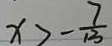
x > - \frac { 7 } { 1 3 }